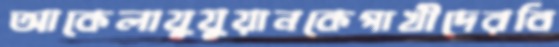
আকেলাযুযুয়ানকেপাখীদেরবি